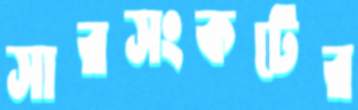
সারসংকটের